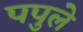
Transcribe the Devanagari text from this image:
पपुले